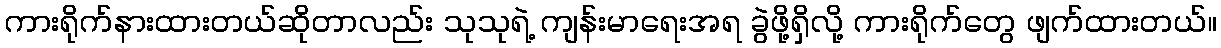
ကားရိုက်နားထားတယ်ဆိုတာလည်း သုသုရဲ့ ကျန်းမာရေးအရ ခွဲဖို့ရှိလို့ ကားရိုက်တွေ ဖျက်ထားတယ်။